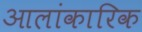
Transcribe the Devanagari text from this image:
आलांकारिक